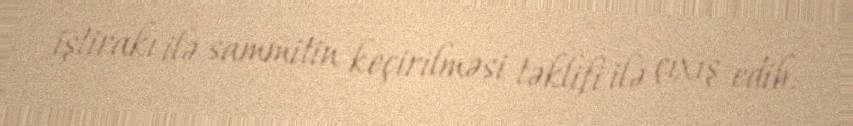
iştirakı ilə sammitin keçirilməsi təklifi ilə çıxış edib.